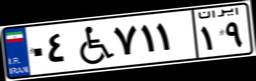
۰۴W۷۱۱۱۹